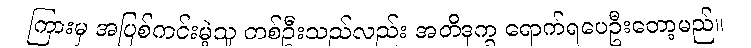
ကြားမှ အပြစ်ကင်းမဲ့သူ တစ်ဦးသည်လည်း အတိဒုက္ခ ရောက်ရပေဦးတော့မည်။